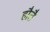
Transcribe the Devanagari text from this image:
हौतै